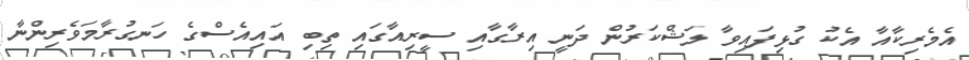
އެމެރިކާއާ އެކު ގުޅިފައިވާ ލަޝްކަރުން ދަނީ އިރާގާއި ސީރިއާގައި ތިބި އައިއެސްގެ ހަނގުރާމަވެރިންނާ